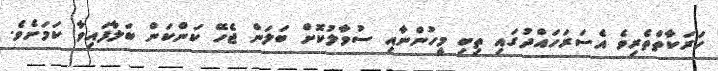
ހަރަކާތްތެރިވެ އެސަރަހައްދުގައި ތިބި މީހުންނާއި ސުވާލުކޮށް ބަލަން ޖެހޭ ކަންކަން ބަލާފައިވާ ކަމަށެވެ.